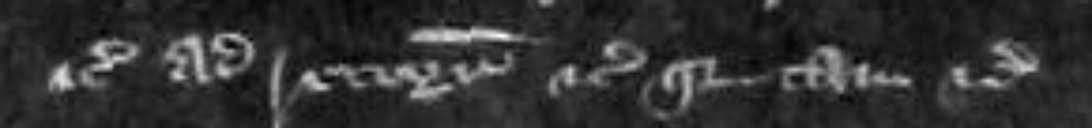
etc ad recognoscendum etc quia tam etc